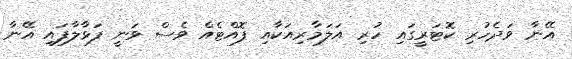
އޭނާ ވަދެހުރި ކޮޓަރީގައި ހުރި އަލަމާރިއަކާއި ފޮއްޓެއް ވެސް ވަނީ ފަޅާލާފައި އޭނާ